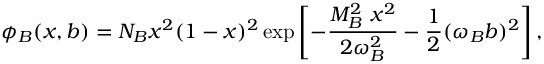
\phi _ { B } ( x , b ) = N _ { B } x ^ { 2 } ( 1 - x ) ^ { 2 } \exp \left[ - \frac { M _ { B } ^ { 2 } \ x ^ { 2 } } { 2 \omega _ { B } ^ { 2 } } - \frac { 1 } { 2 } ( \omega _ { B } b ) ^ { 2 } \right] ,